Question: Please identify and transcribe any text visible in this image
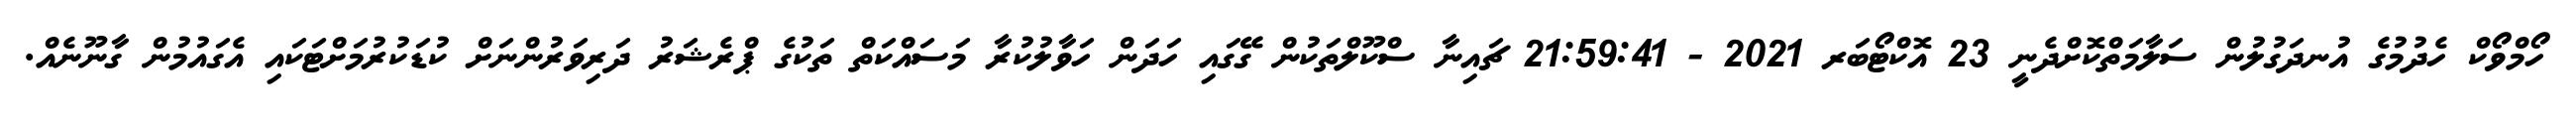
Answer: ހޯމްވޯކް ހެދުމުގެ އުނދަގުލުން ސަލާމަތްކޮށްދެނީ 23 އޮކްޓޯބަރ 2021 - 21:59:41 ޗައިނާ ސްކޫލްތަކުން ގޭގައި ހަދަން ހަވާލުކުރާ މަސައްކަތް ތަކުގެ ޕްރެޝަރު ދަރިވަރުންނަށް ކުޑަކުރުމަށްޓަކައި އެގައުމުން ގާނޫނެއް.